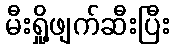
မီးရှို့ဖျက်ဆီးပြီး